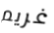
غريم